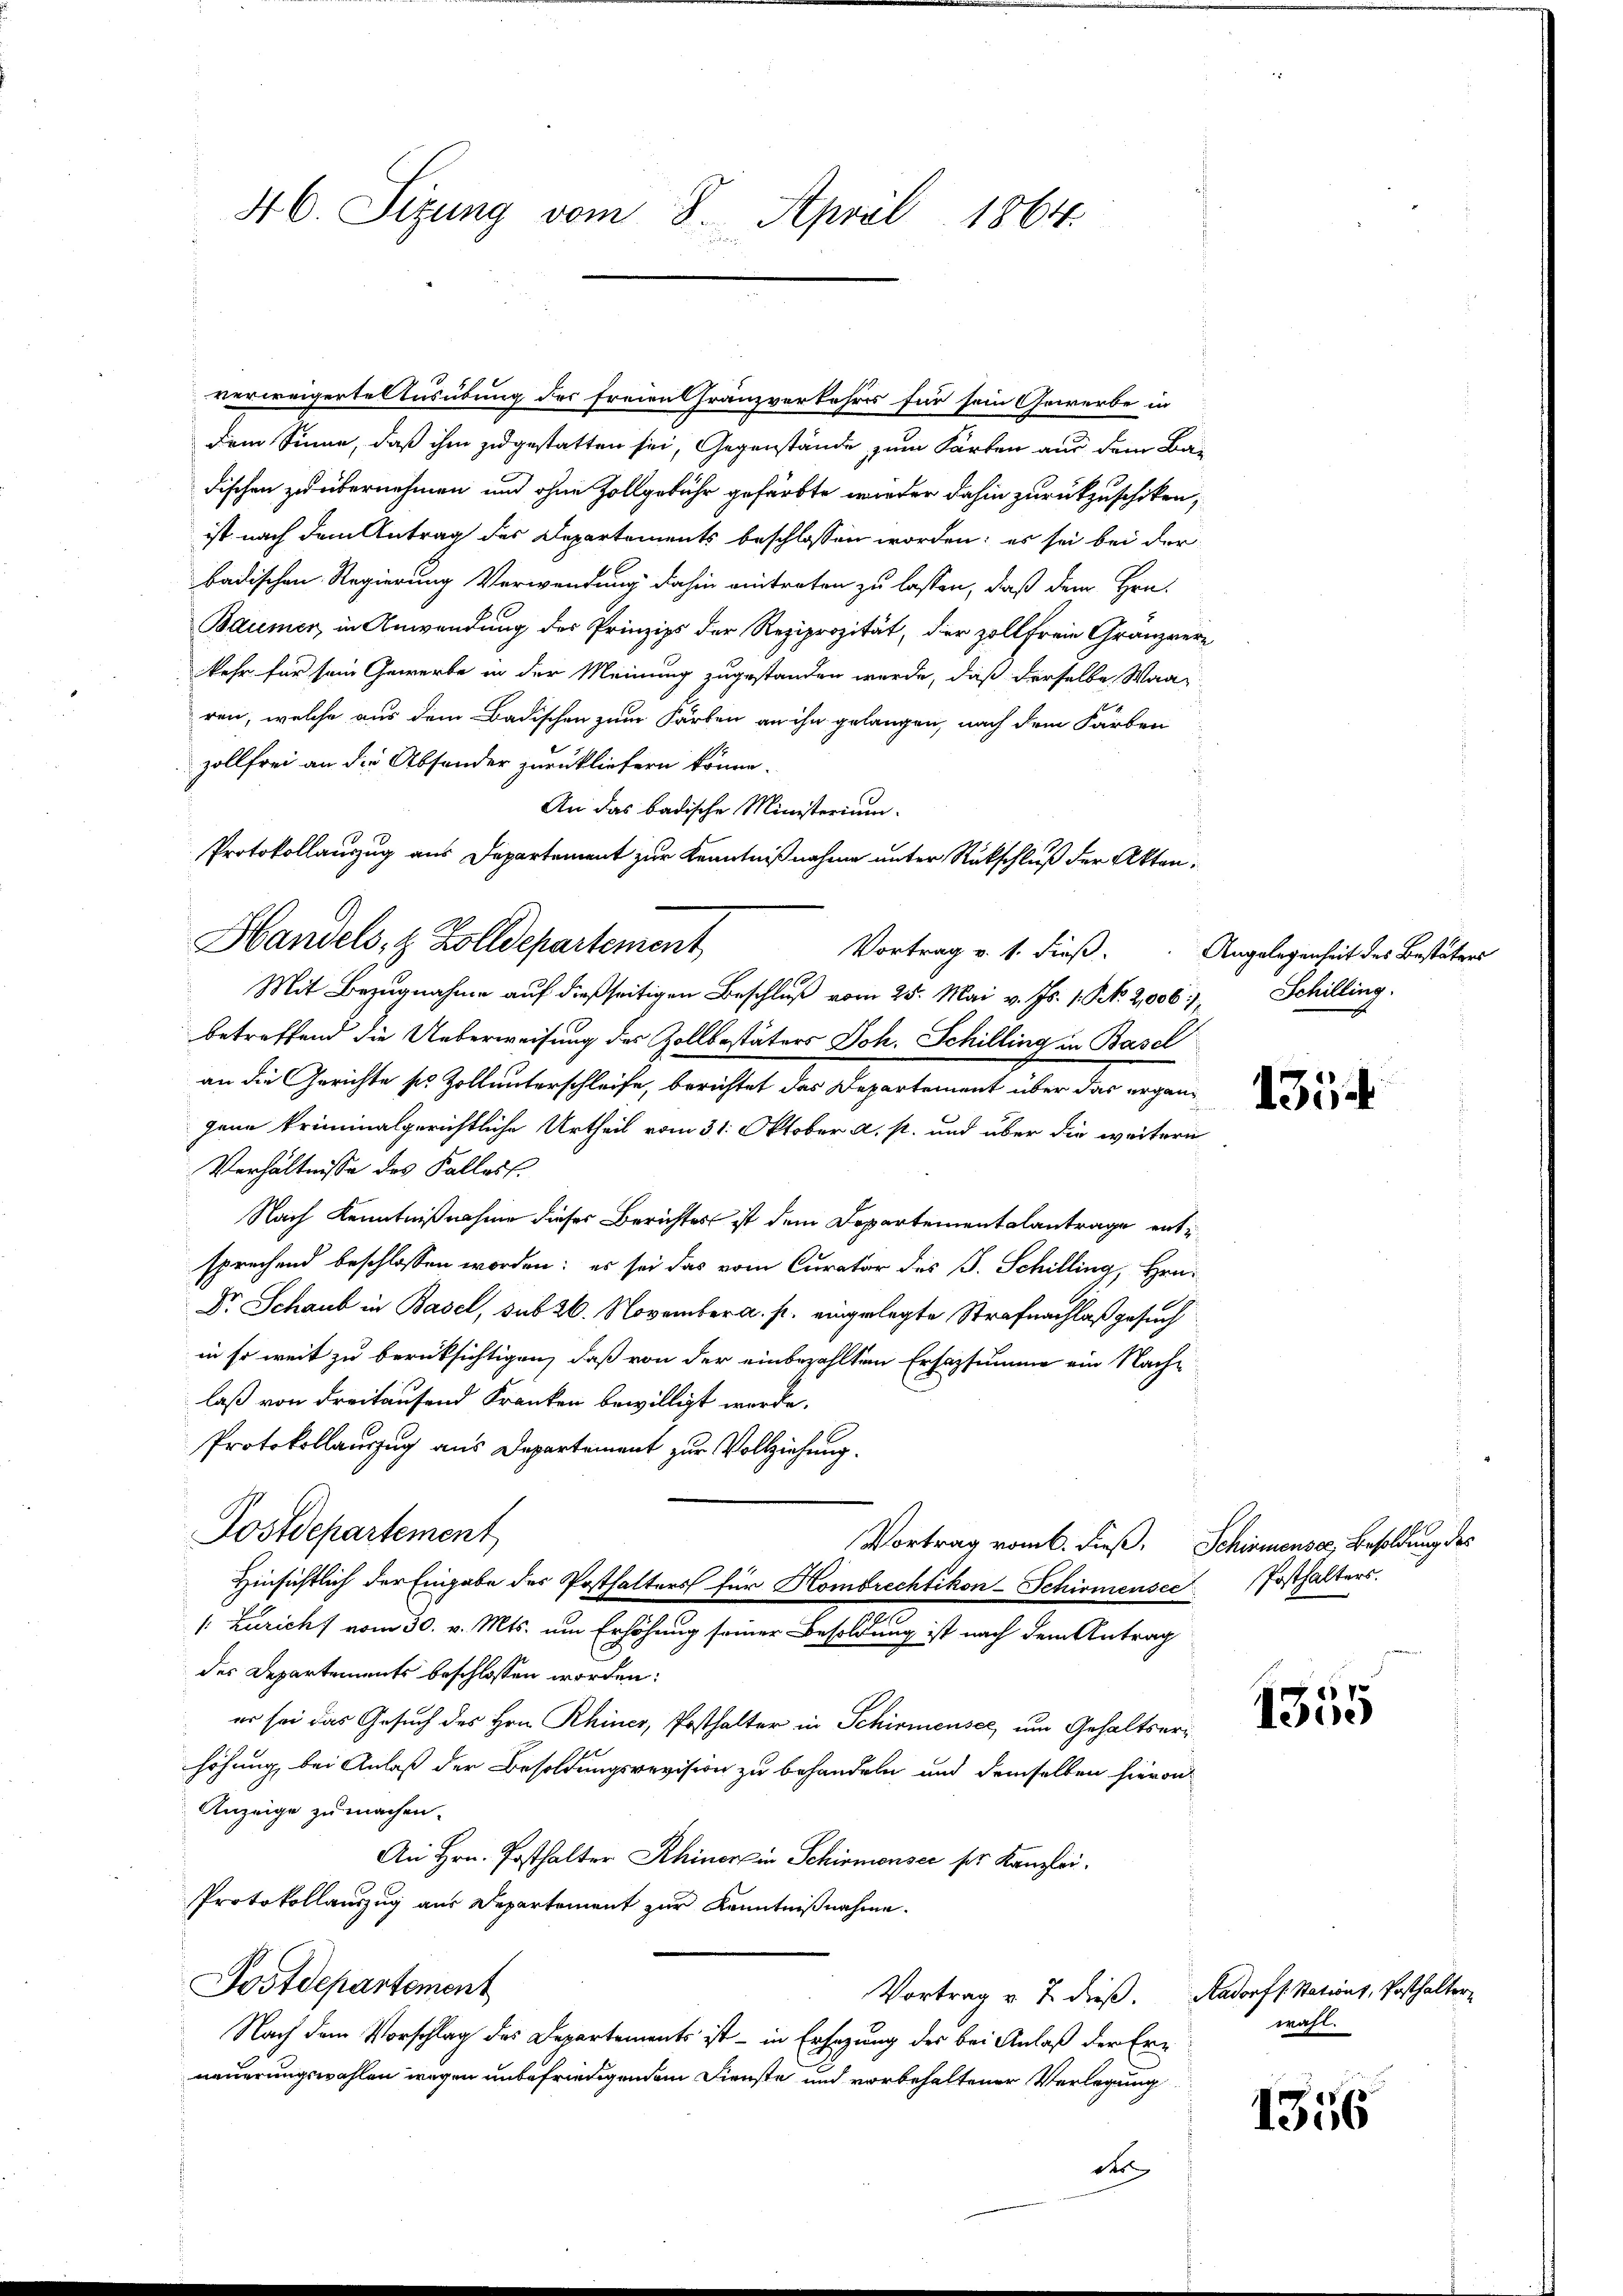
46. Sizung vom 8. April 1864.

verweigerte Ausübung der Freien franzverkehrs für sein Gewerbe in
dem Sinne, daß ihm zugestatten sei, Gegenstände zum Karten aus dem Bar
dischen zu übernehmen und ohne Zollgebühr gefärbte wieder dahin zurückzuschiken,
ist nach dem Antrag des Departements beschlossen worden; es sei bei der
badischen Regierung Verwendung dahin eintreten zu lassen, daß dem Hrn.
Baumer, in Anwendung des Prinzips der Reziprozität, der Zoll freie Granzvere
kehr für sein Gewerbe in der Meinung zugestanden werde, daß derselbe Waaren, welche aus dem Badischen zum Farben an ihn gelangen, nach dem Färben
zollfrei an die Absonder zurückliefern könne.
Vortrag v. 1. dieß.
Mit Bezugnahme auf dießseitigen Beschluß vom 25. Mai v. Js. 1. N. 2,000 Schilling.
betreffend die Ueberweisung des Zollbestäters Joh. Schilling in Basel
an die Gerichte ses Zoll unterschleife, berichtet das Departement über das ergänjene kriminalgerichtliche Urtheil vom 31. Oktober a. s. und über die weitern
Verhältnisse des Falles.
Nach Kenntnißnahme dieser Berichtes ist dem Departementalantrage entsprechend beschlossen worden; es sei das vom Curator des J. Schilling, Hrn.
Dr. Schaub in Basel, sub 26. November a. p. eingelegte Strafnachlaß gesuch
in so weit zu berücksichtigen, daß von der einbezahlten Ersazsumme ein Nachlaß von dreitausend Franken bewilligt werde.
Protokollauszug aus Departement zur Vollziehung.
Postdepartement
Vortrag vom 6. dieß. Schirmensee, Besoldung des
Hinsichtlich der Eingabe des Posthalters für Hombrechtikon-Schirmensee
e
/: Zuricht vom 30. v. Mts. um Erhöhung seiner Besoldung ist nach dem Antrag
des Departements beschlossen worden:
er sei das Gesuch des Hrn. Rhiner, Posthalter in Schirmensee, um Gehaltserhöhung bei Anlaß der Besoldungsrevision zu behandeln und demselben hievon
Anzeige zu machen.
G
An Hrn. Posthalter Rhiner in Schirmensee pr. Kanzlei.
Protokollauszug aus Departement zur Kenntnißnahme.
Postdepartement
Vortrag v. 7. dieß. Aadorff. Stations, Posthalter
Nach dem Vorschlag des Departements ist – in Ersezung des bei Anlaß der Erneuerungswahlen wegen unbefriedigendem Dienste und vorbehaltener Verlegung
der

An das badische Ministerium.
Protokollauszug aus Departement zur Kenntnißnahme unter Rückschluß der Akten.
Handels, z. Zolldepartement

Angelegenheit des Bestätens

1354

Posthalters.

1355

wahl.

1356